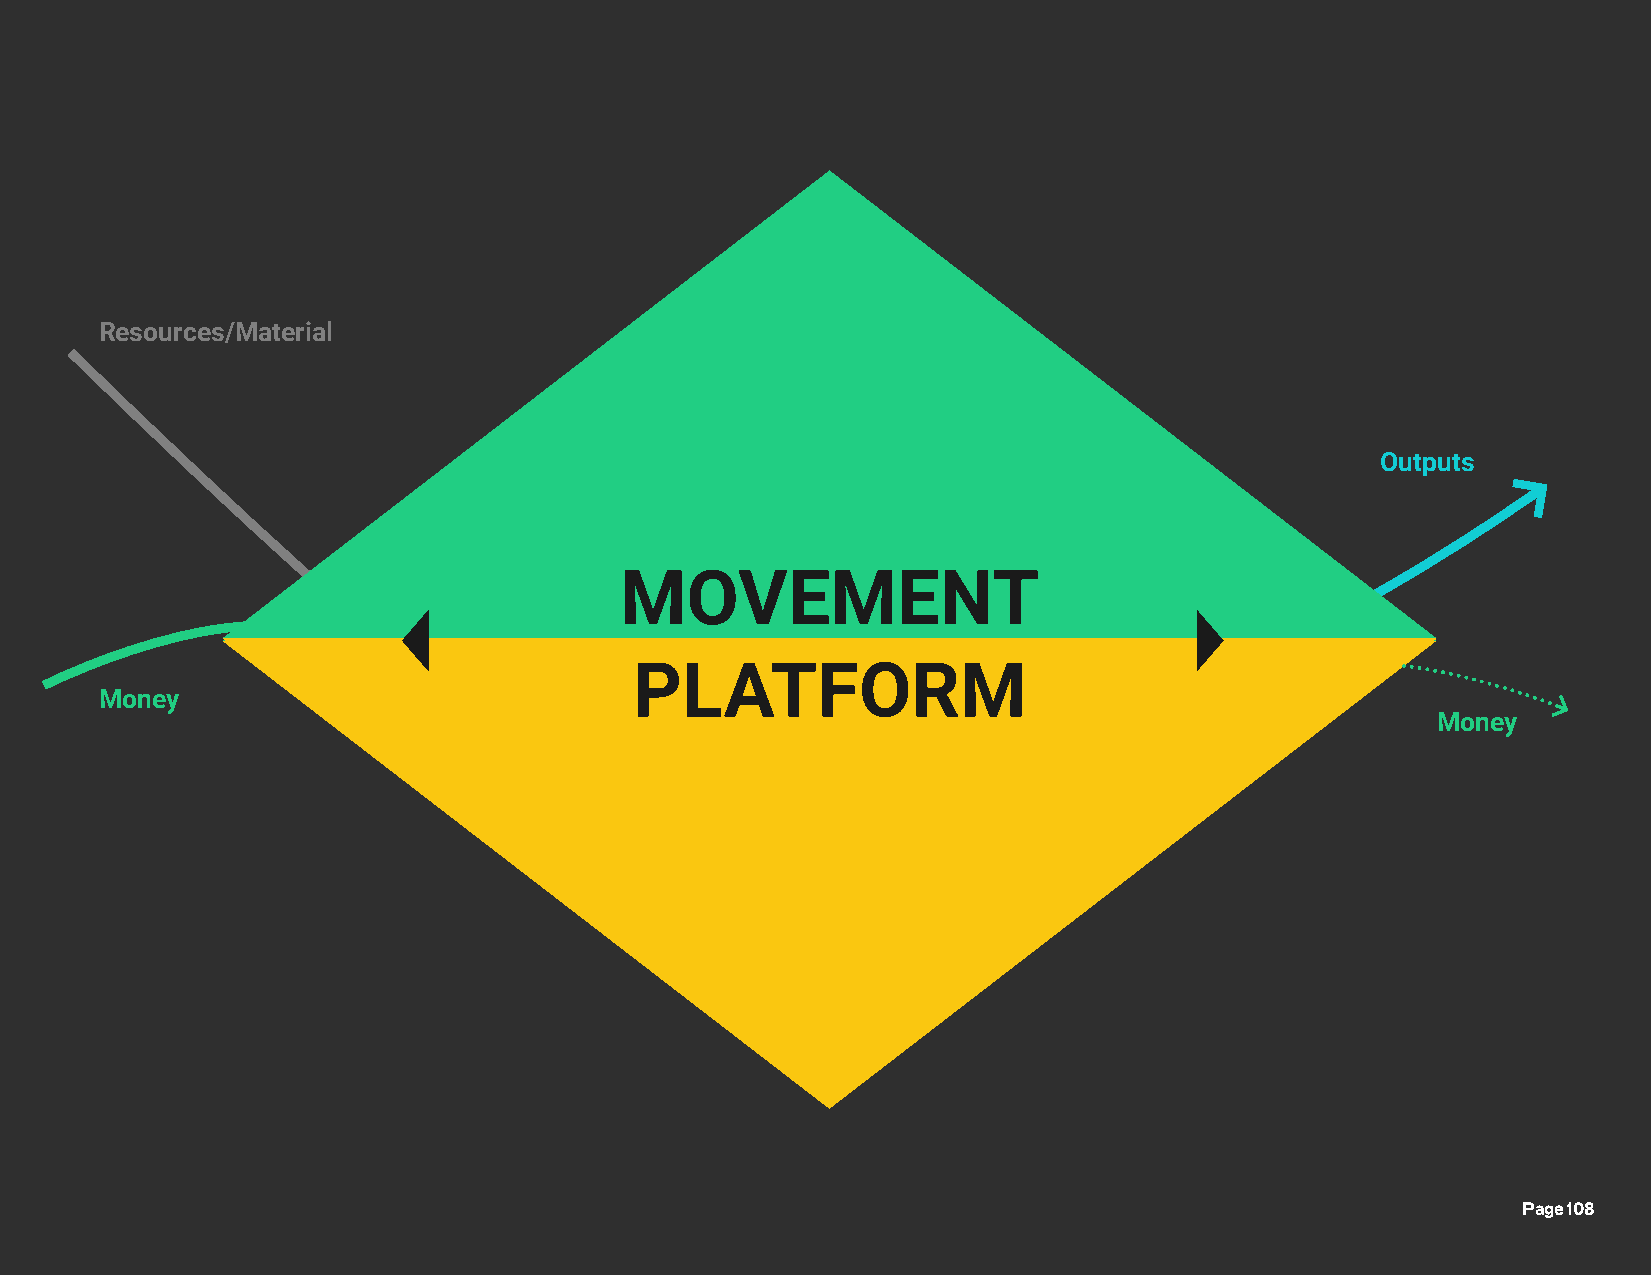
Resources/Material                           Developer &
 Maintenance Team
 Encounters &
 Relations
 Encounters &
 Relations &
 Meetings
 Outputs
 Cooperative
 Members
 MOVEMENT
 PLATFORM
 Money                                                 Platform Services
 Money
 Governance, Financial
 Money              DecPisiolna- tfoAcrcomuntin g,
 making Legal
 Services
 Roundabout            Services
 Platform
 bW ta ose oeb lsd- &T r Ca li an sin sg es s
 Page 108